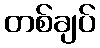
တစ်ချပ်